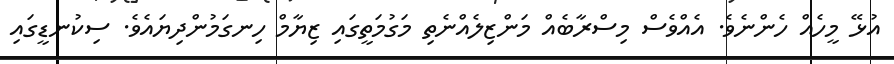
އުޅޭ މީހެއް ހެންނެވެ. އެއްވެސް މިސްރާބެއް މަންޒިލެއްނެތި މަގުމަތީގައި ޒިޔާމް ހިނގަމުންދިޔައެވެ. ސިކުނޑީގައި